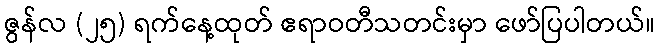
ဇွန်လ (၂၅) ရက်နေ့ထုတ် ဧရာဝတီသတင်းမှာ ဖော်ပြပါတယ်။